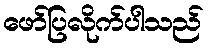
ဖော်ပြလိုက်ပါသည်